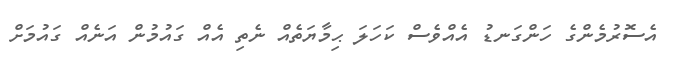
އެސޮރުމެންގެ ހަންގަނޑު އެއްވެސް ކަހަަލަ ޙިމާޔަތެއް ނެތި އެއް ގައުމުން އަނެއް ގައުމަށް